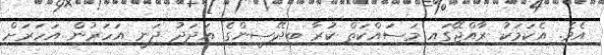
އެވެ. އެކަމަކު ރާއްޖޭގައި މަސައްކަތް ކުރާ ބިދޭސީންގެ އަދަދު ދަނީ އަހަރުން އަހަރަށް